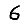
Digit: 6